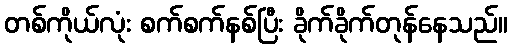
တစ်ကိုယ်လုံး စက်စက်နစ်ပြီး ခိုက်ခိုက်တုန်နေသည်။